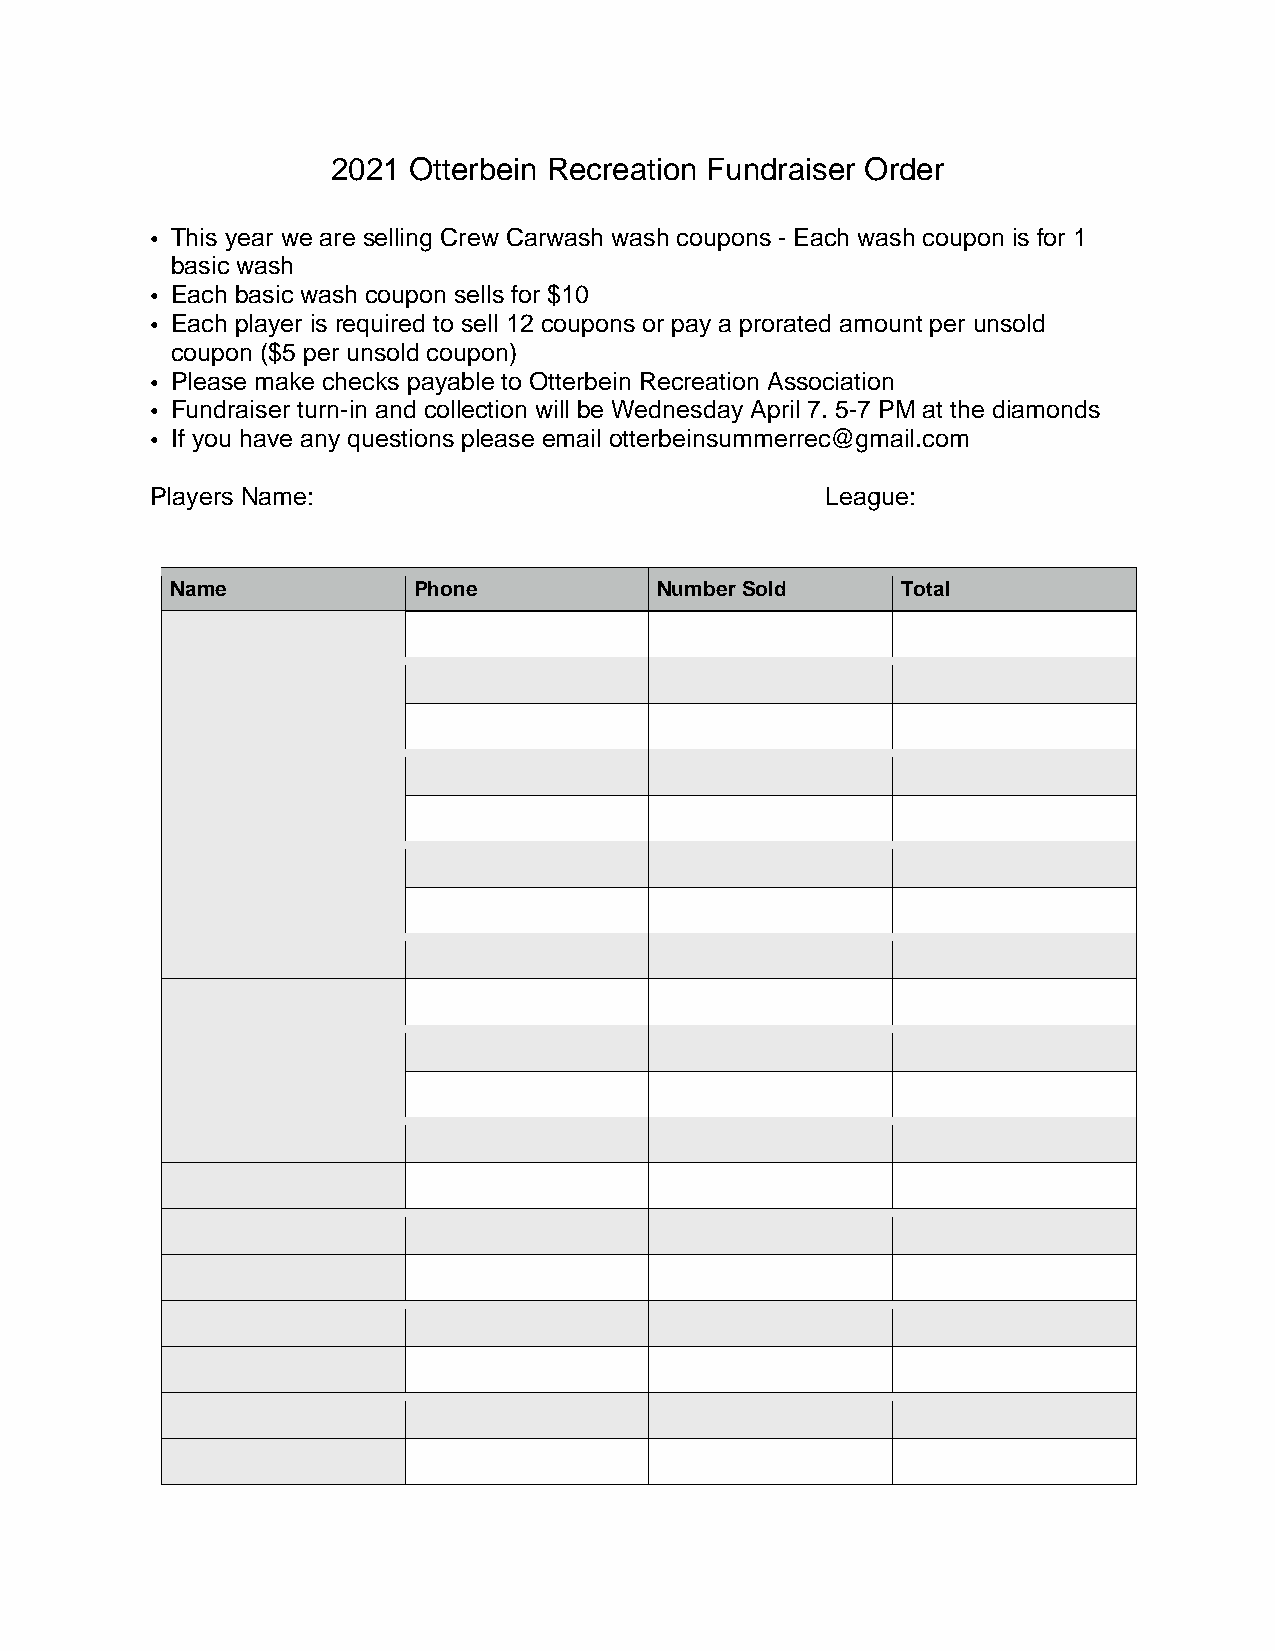
2021 Otterbein Recreation Fundraiser Order
 • This year we are selling Crew Carwash wash coupons - Each wash coupon is for 1
 basic wash
 • Each basic wash coupon sells for $10
 • Each player is required to sell 12 coupons or pay a prorated amount per unsold
 coupon ($5 per unsold coupon)
 • Please make checks payable to Otterbein Recreation Association
 • Fundraiser turn-in and collection will be Wednesday April 7. 5-7 PM at the diamonds
 • If you have any questions please email otterbeinsummerrec@gmail.com
 Players Name:                                League:
 Name            Phone            Number Sold     Total